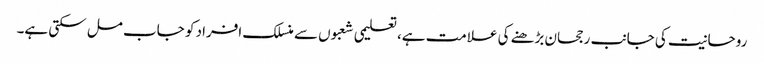
روحانیت کی جانب رجحان بڑھنے کی علامت ہے، تعلیمی شعبوں سے منسلک افراد کو جاب مل سکتی ہے۔